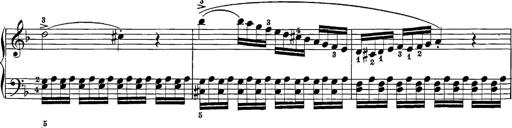
Title: 12 Sonatine per Pianoforte
Composer: Friedrich Kuhlau